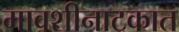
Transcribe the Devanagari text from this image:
मावशीनाटकात